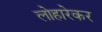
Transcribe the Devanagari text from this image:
लोहारेकर